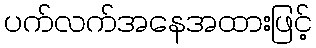
ပက်လက်အနေအထားဖြင့်